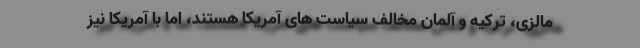
مالزی، ترکیه و آلمان مخالف سیاست های آمریکا هستند، اما با آمریکا نیز